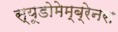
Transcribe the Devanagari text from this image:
स्यूडोमेम्ब्रेनस